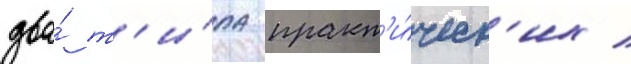
два́ т'и́па практ'и́ческ'их /